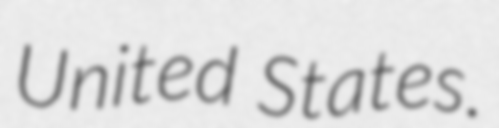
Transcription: United States.